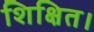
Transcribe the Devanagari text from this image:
शिक्षित।